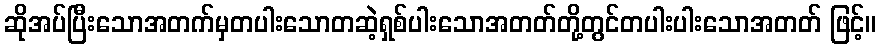
ဆိုအပ်ပြီးသောအတက်မှတပါးသောတဆဲ့ရှစ်ပါးသောအတတ်တို့တွင်တပါးပါးသောအတတ် ဖြင့်။